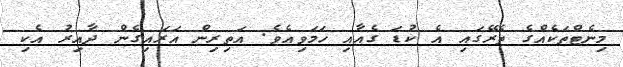
މިނެޓްތަކެއްގެ ތެރޭގައި އެ ކުޑަ ގެއާއި ހަމަވިއެވެ. އަތިރިން އަރައިގެން ދާއިރު އެކި